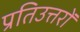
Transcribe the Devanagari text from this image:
प्रतिउत्तरों